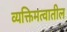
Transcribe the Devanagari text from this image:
व्यक्तिमत्वातील